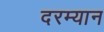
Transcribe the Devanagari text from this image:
दरम्‍यान